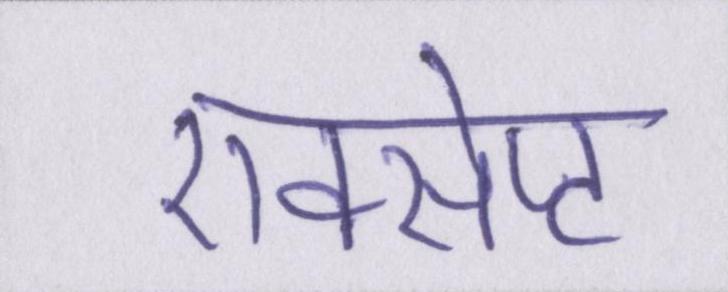
एक्सेप्ट